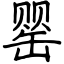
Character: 罂